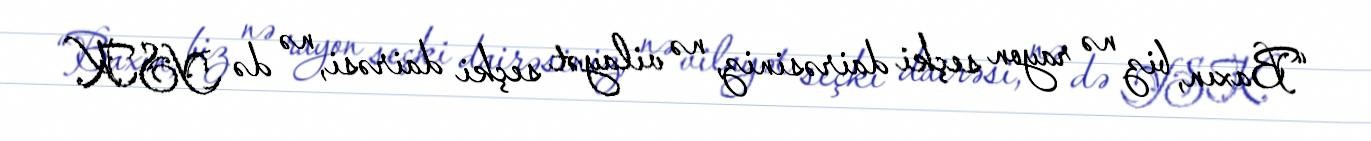
“Baxın, biz nə rayon seçki dairəsiniz, nə vilayət seçki dairəsi, nə də YSK.